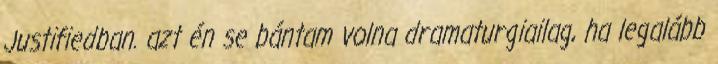
Justifiedban. azt én se bántam volna dramaturgiailag, ha legalább